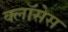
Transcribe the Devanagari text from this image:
क्लाॅसेस